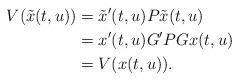
LaTeX: \begin{align*}V(\tilde{x}(t,u)) &=\tilde{x}'(t,u)P\tilde{x}(t,u)\\ &=x'(t,u)G'PGx(t,u)\\ &=V(x(t,u)).\end{align*}